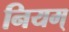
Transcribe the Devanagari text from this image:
नियम्